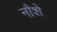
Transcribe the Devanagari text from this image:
नौशे